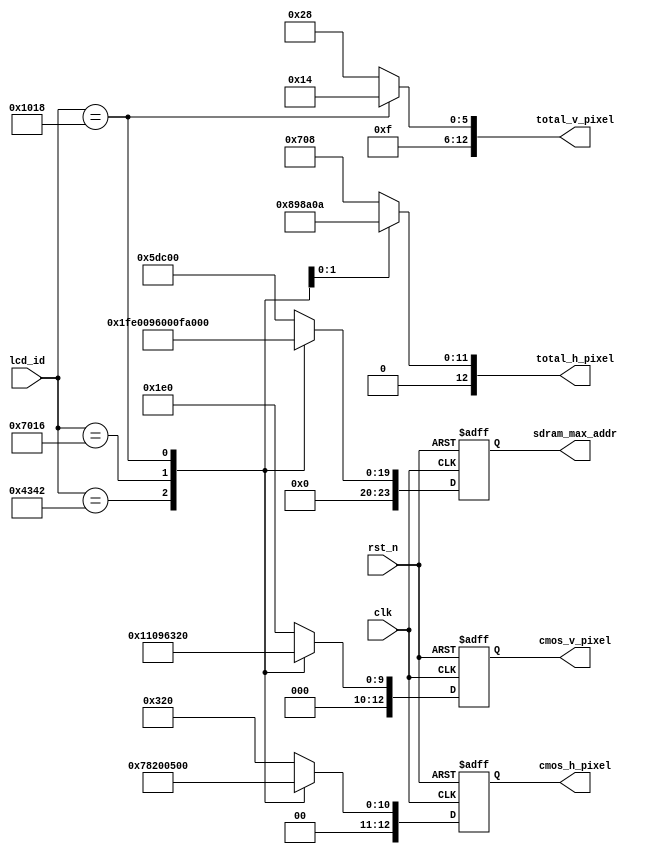
module picture_size(
    input              rst_n         ,
    input              clk           ,         
    input       [15:0] lcd_id        ,
             
    output reg  [12:0] cmos_h_pixel  ,
    output reg  [12:0] cmos_v_pixel  ,   
    output reg  [12:0] total_h_pixel ,
    output reg  [12:0] total_v_pixel ,
    output reg  [23:0] sdram_max_addr
);

//parameter define
parameter  ID_4342 =   16'h4342;
parameter  ID_7084 =   16'h7084;
parameter  ID_7016 =   16'h7016;
parameter  ID_1018 =   16'h1018;

//*****************************************************
//**                    main code                      
//*****************************************************

//
always @(posedge clk or negedge rst_n) begin 
    if(!rst_n) begin
        cmos_h_pixel <= 13'b0;
        cmos_v_pixel <= 13'd0;
        sdram_max_addr <= 23'd0;        
    end 
    else begin    
        case(lcd_id ) 
            16'h4342 : begin
                cmos_h_pixel   = 13'd480;    
                cmos_v_pixel   = 13'd272;
                sdram_max_addr = 23'd130560;
            end 
            16'h7084 : begin
                cmos_h_pixel   = 13'd800;    
                cmos_v_pixel   = 13'd480;           
                sdram_max_addr = 23'd384000;
            end 
            16'h7016 : begin
                cmos_h_pixel   = 13'd1024;    
                cmos_v_pixel   = 13'd600;           
                sdram_max_addr = 23'd614400;
            end    
            16'h1018 : begin
                cmos_h_pixel   = 13'd1280;    
                cmos_v_pixel   = 13'd800;           
                sdram_max_addr = 23'd1024000;
            end 
        default : begin
                cmos_h_pixel   = 13'd800;    
                cmos_v_pixel   = 13'd480;           
                sdram_max_addr = 23'd384000;
        end
        endcase
    end    
end 

//HTSVTS
always @(*) begin
    case(lcd_id)
        ID_4342 : begin 
            total_h_pixel = 13'd1800;
            total_v_pixel = 13'd1000;
        end 
        ID_7084 : begin  
            total_h_pixel = 13'd1800;
            total_v_pixel = 13'd1000;
        end 
        ID_7016 : begin  
            total_h_pixel = 13'd2200;
            total_v_pixel = 13'd1000;
        end 
        ID_1018 : begin 
            total_h_pixel = 13'd2570;
            total_v_pixel = 13'd980;
        end 
    default : begin
            total_h_pixel = 13'd1800;
            total_v_pixel = 13'd1000;
    end 
    endcase
end 

endmodule